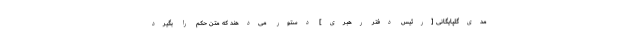
مدی‌گلپایگانى [رئیس دفتر رهبری] دستور مى‌دهند كه متن حكم را بگیرد